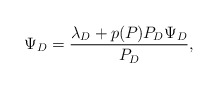
\begin{align*}\Psi_D = \frac{\lambda_D + p(P_{})P_D\Psi_D}{P_D},\end{align*}